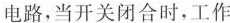
电路，当开关闭合时，工作